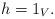
LaTeX: \begin{align*}h=1_V.\end{align*}